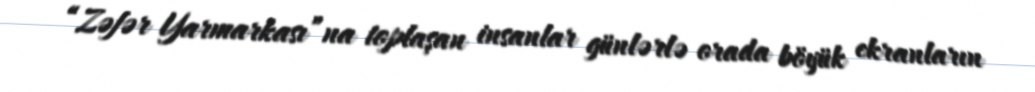
“Zəfər Yarmarkası”na toplaşan insanlar günlərlə orada böyük ekranların